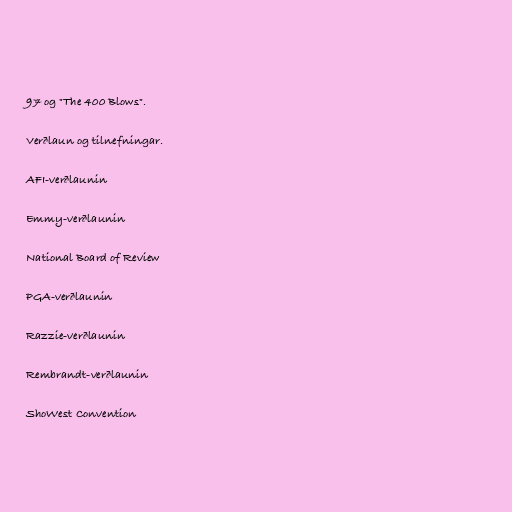
97 og "The 400 Blows".

Verðlaun og tilnefningar.

AFI-verðlaunin

Emmy-verðlaunin

National Board of Review

PGA-verðlaunin

Razzie-verðlaunin

Rembrandt-verðlaunin

ShoWest Convention